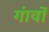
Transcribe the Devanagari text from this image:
गंावों